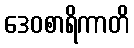
ဒေဝစာရိကာတိ